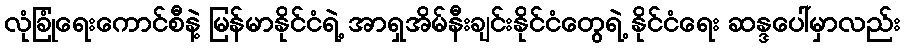
လုံခြုံရေးကောင်စီနဲ့ မြန်မာနိုင်ငံရဲ့ အာရှအိမ်နီးချင်းနိုင်ငံတွေရဲ့ နိုင်ငံရေး ဆန္ဒပေါ်မှာလည်း